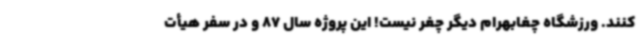
کنند. ورزشگاه چغابهرام دیگر چغر نیست! این پروژه سال 87 و در سفر هیأت